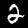
Label: 2